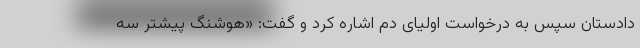
دادستان سپس به درخواست اولیای دم اشاره کرد و گفت: «هوشنگ پیشتر سه